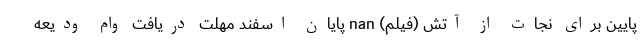
پایین برای نجات از آتش (فیلم) nan پایان اسفند مهلت دریافت وام ودیعه